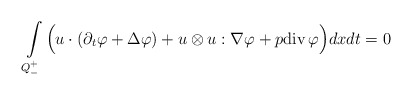
\begin{align*} \int\limits_{Q^+_-}\Big(u\cdot(\partial_t\varphi+\Delta \varphi)+u\otimes u:\nabla\varphi+p{\rm div}\,\varphi\Big)dx dt=0\end{align*}